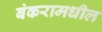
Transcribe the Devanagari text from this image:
बंकरामधील